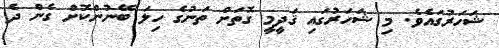
ޝަހަރުގައެވެ. މި ޝަހަރުގައި ޤަދީމީ ގޮތަށް ތަނުގެ ހިލަ ބޭނުންކޮށް ގެން ދެ